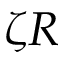
\zeta R